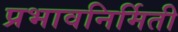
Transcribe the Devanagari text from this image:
प्रभावनिर्मिती